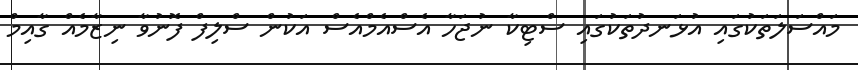
މައްސަލަތަކުގައި އުޅަނދުތަކުގައި ސްޓިކާ ނުޖަހާ އެސްއެމްއެސް އަކުން ސްލިފް ފޮނުވާ ނިޒާމެއް ގާއިމް